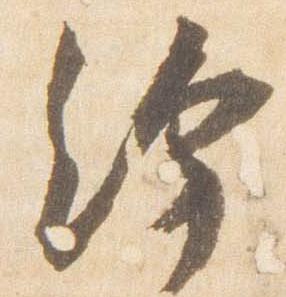
給